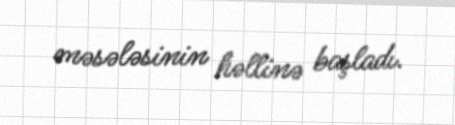
məsələsinin həllinə başladı.